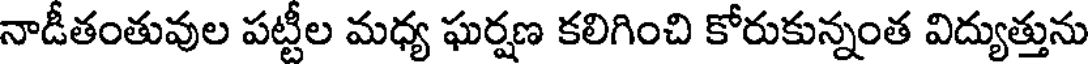
నాడీతంతువుల పట్టీల మధ్య ఘర్షణ కలిగించి కోరుకున్నంత విద్యుత్తును